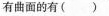
有曲面的有( )